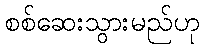
စစ်ဆေးသွားမည်ဟု